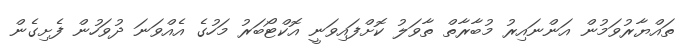
ތައްޔާރުވަމުން އަންނައިރު މުބާރާތް ތާވަލު ކޮށްފައިވަނީ އޮކްޓޯބަރު މަހުގެ އެއްވަނަ ދުވަހުން ފެށިގެން